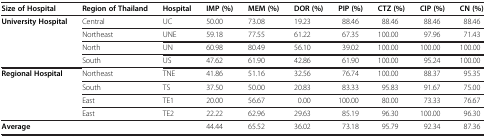
<table><thead><tr><td><b>Size of Hospital</b></td><td><b>Region of Thailand</b></td><td><b>Hospital</b></td><td><b>IMP (%)</b></td><td><b>MEM (%)</b></td><td><b>DOR (%)</b></td><td><b>PIP (%)</b></td><td><b>CTZ (%)</b></td><td><b>CIP (%)</b></td><td><b>CN (%)</b></td></tr></thead><tbody><tr><td rowspan="4"><b>University Hospital</b></td><td>Central</td><td>UC</td><td>50.00</td><td>73.08</td><td>19.23</td><td>88.46</td><td>88.46</td><td>88.46</td><td>88.46</td></tr><tr><td>Northeast</td><td>UNE</td><td>59.18</td><td>77.55</td><td>61.22</td><td>67.35</td><td>100.00</td><td>97.96</td><td>71.43</td></tr><tr><td>North</td><td>UN</td><td>60.98</td><td>80.49</td><td>56.10</td><td>39.02</td><td>100.00</td><td>100.00</td><td>100.00</td></tr><tr><td>South</td><td>US</td><td>47.62</td><td>61.90</td><td>42.86</td><td>61.90</td><td>100.00</td><td>95.24</td><td>100.00</td></tr><tr><td rowspan="4"><b>Regional Hospital</b></td><td>Northeast</td><td>TNE</td><td>41.86</td><td>51.16</td><td>32.56</td><td>76.74</td><td>100.00</td><td>88.37</td><td>95.35</td></tr><tr><td>South</td><td>TS</td><td>37.50</td><td>50.00</td><td>20.83</td><td>83.33</td><td>95.83</td><td>91.67</td><td>75.00</td></tr><tr><td>East</td><td>TE1</td><td>20.00</td><td>56.67</td><td>0.00</td><td>100.00</td><td>80.00</td><td>73.33</td><td>76.67</td></tr><tr><td>East</td><td>TE2</td><td>22.22</td><td>62.96</td><td>29.63</td><td>85.19</td><td>96.30</td><td>100.00</td><td>96.30</td></tr><tr><td><b>Average</b></td><td>[EMPTY_CELL]</td><td>[EMPTY_CELL]</td><td>44.44</td><td>65.52</td><td>36.02</td><td>73.18</td><td>95.79</td><td>92.34</td><td>87.36</td></tr></tbody></table>